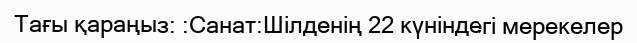
Тағы қараңыз: :Санат:Шілденің 22 күніндегі мерекелер